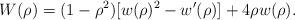
LaTeX: \begin{align*}W(\rho)=(1-\rho^2)[w(\rho)^2-w'(\rho)]+4\rho w(\rho).\end{align*}